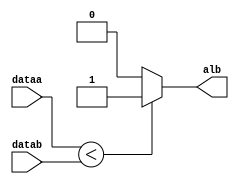
module  ALU_COMPARE_UNSIGNED_cmpr
	( 
	alb,
	dataa,
	datab) /* synthesis synthesis_clearbox=1 */;
	output   alb;
	input   [31:0]  dataa;
	input   [31:0]  datab;
`ifndef ALTERA_RESERVED_QIS
// synopsys translate_off
`endif
	tri0   [31:0]  dataa;
	tri0   [31:0]  datab;
`ifndef ALTERA_RESERVED_QIS
// synopsys translate_on
`endif

	reg	wire_alb_int;

	always @(dataa or datab)
	begin
		if (dataa < datab) 
			begin
				wire_alb_int = 1'b1;
			end
		else
			begin
				wire_alb_int = 1'b0;
			end
	end
	assign
		alb = wire_alb_int;
endmodule